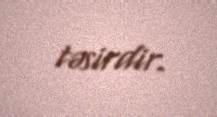
təsirdir.